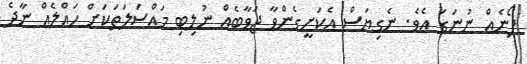
ފޯނެއް ނުނަގަ އެވެ. ނެގިޔަސް އެކަށީގެންވާ ޖަވާބެއް ނުލިބި މައްސަލަތަކަށް ހައްލެއް ނާދެ